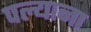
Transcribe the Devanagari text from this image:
पल्याना